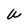
Character: W